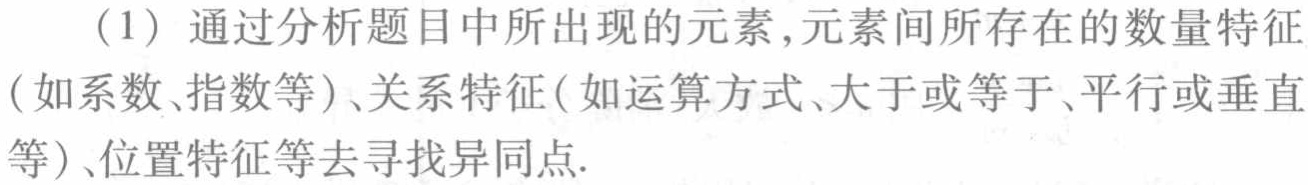
（1）通过分析题目中所出现的元素,元素间所存在的数量特征（如系数、指数等）、关系特征(如运算方式、大于或等于、平行或垂直等)、位置特征等去寻找异同点.